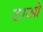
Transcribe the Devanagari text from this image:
टाओ